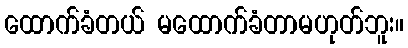
ထောက်ခံတယ် မထောက်ခံတာမဟုတ်ဘူး။